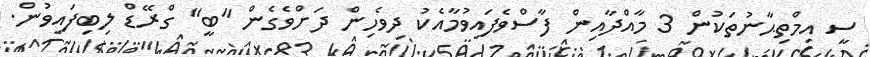
ސީ އިމްތިޙާނުތަކުން 3 މާއްދާއިން ފާސްވެފައިވުމާއެކު ދިވެހިން ދަށްވެގެން "ބީ" ގްރޭޑް ލިބިފައިވުން.